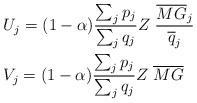
LaTeX: \begin{align*}&U_{j}=(1-\alpha)\frac{\sum_{j}p_{j}}{\sum_{j}q_{j}}Z\;\frac{\overline{MG}_{j}}{\overline{q}_{j}}\\&V_{j}=(1-\alpha)\frac{\sum_{j}p_{j}}{\sum_{j}q_{j}}Z\;\overline{MG}\end{align*}